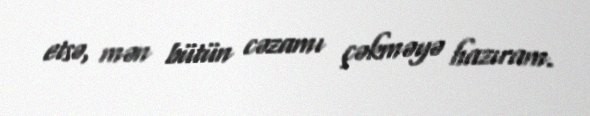
etsə, mən bütün cəzamı çəkməyə hazıram.